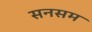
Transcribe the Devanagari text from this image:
सनसम